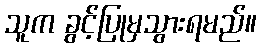
သူက ခွင့်ပြုမှသွားရမည်။